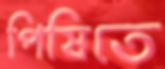
পিষিতে